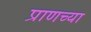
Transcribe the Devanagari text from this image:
प्राणच्या